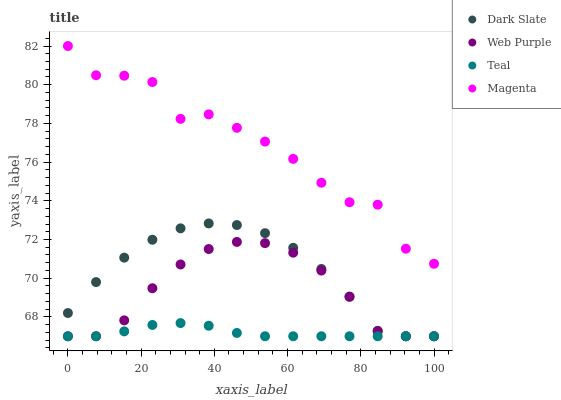
| xaxis_label | Dark Slate | Web Purple | Teal | Magenta |
 | --- | --- | --- | --- | --- |
 | 0 | 68.2 | 67 | 67 | 82 |
 | 7.69 | 69.8 | 67 | 67 | 80.5 |
 | 15.4 | 71.1 | 67.8 | 67.3 | 80.5 |
 | 23.1 | 72 | 69.5 | 67.6 | 80.1 |
 | 30.8 | 72.6 | 70.7 | 67.7 | 78.2 |
 | 38.5 | 72.8 | 71.5 | 67.5 | 78.5 |
 | 46.2 | 72.7 | 71.9 | 67.2 | 77.8 |
 | 53.8 | 72.3 | 71.8 | 67 | 77.1 |
 | 61.5 | 71.6 | 71.3 | 67 | 76.2 |
 | 69.2 | 70.5 | 70.4 | 67 | 74.9 |
 | 76.9 | 69 | 69 | 67 | 73.9 |
 | 84.6 | 67.3 | 67.3 | 67 | 73.8 |
 | 92.3 | 67 | 67 | 67 | 71.5 |
 | 100 | 67 | 67 | 67 | 70.7 |